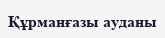
Құрманғазы ауданы